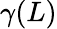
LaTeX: \gamma(L)